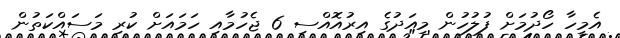
އެމީހާ ހޯދުމަށް ފުލުހުން މިއަދުގެ އިރުއޮއްސި 6 ޖެހުމާއި ހަމައަށް ކުރި މަސައްކަތުން